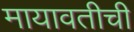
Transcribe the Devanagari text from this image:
मायावतीची